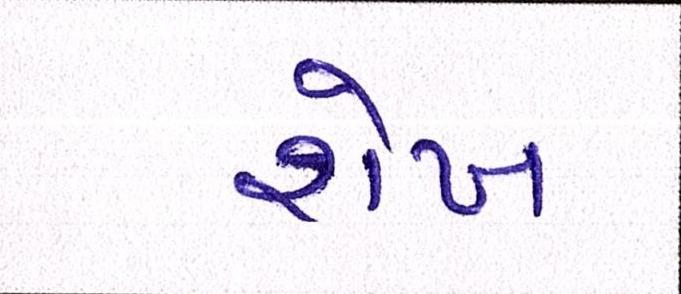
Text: શેખ